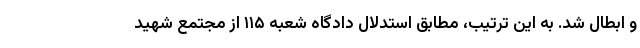
و ابطال شد. به این ترتیب، مطابق استدلال دادگاه شعبه ۱۱۵ از مجتمع شهید